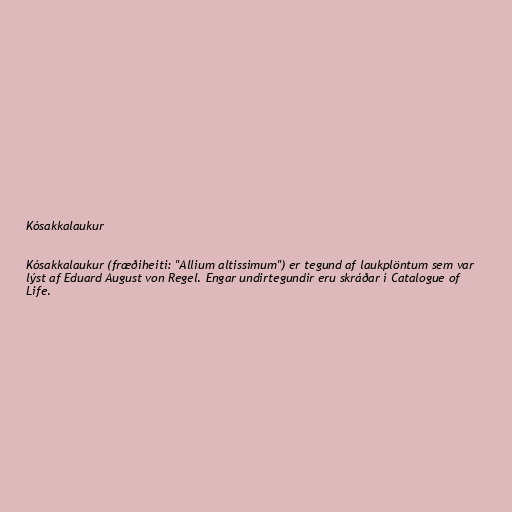
Kósakkalaukur

Kósakkalaukur (fræðiheiti: "Allium altissimum") er tegund af laukplöntum sem var
lýst af Eduard August von Regel. Engar undirtegundir eru skráðar í Catalogue of
Life.